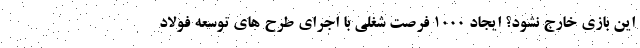
این بازی خارج نشود؟ ایجاد 1000 فرصت شغلی با اجرای طرح های توسعه فولاد